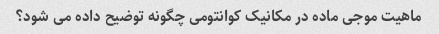
ماهیت موجی ماده در مکانیک کوانتومی چگونه توضیح داده می شود؟